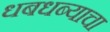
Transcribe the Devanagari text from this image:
धबधब्याचा